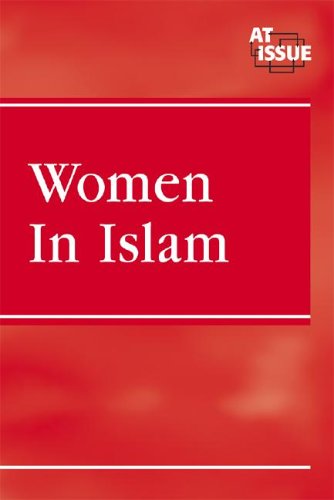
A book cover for Women in Islam (At Issue); Margaret Speaker-Yuan; Teen & Young Adult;